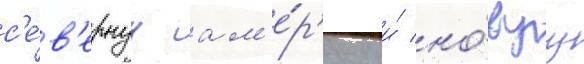
с'е́в'ернуу ам'е́р'ику и́ но́вуу